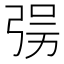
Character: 𰐘